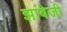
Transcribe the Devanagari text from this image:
झांबेजी